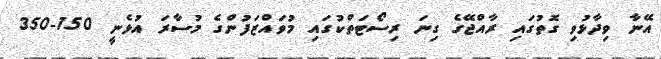
އޭނާ ވިދާޅުވި ގޮތުގައި ރާއްޖޭގެ ގިނަ ރިސޯޓަތްކުގައި މުވައްޒަފުންގެ މުސާރަ އުޅެނީ 150-350